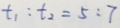
t _ { 1 } : t _ { 2 } = 5 : 7